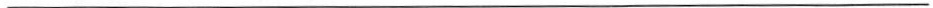
___